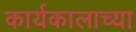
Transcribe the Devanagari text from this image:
कार्यकालाच्या